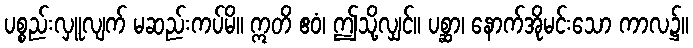
ပစ္စည်းလှူလျက် မဆည်းကပ်မိ။ ဣတိ ဧဝံ၊ ဤသို့လျှင်။ ပစ္ဆာ၊ နောက်အိုမင်းသော ကာလ၌။